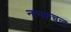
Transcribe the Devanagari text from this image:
नानकचन्द